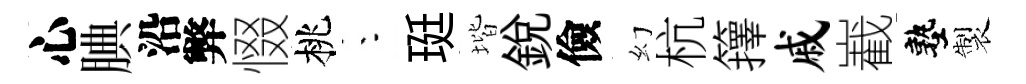
心腆沿弊惙桃朱珽堦銳儉幻杭籜戚嶻塾製